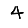
Digit: 4